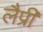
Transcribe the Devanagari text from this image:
लैप्री